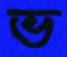
ভ